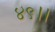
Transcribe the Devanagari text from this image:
४९।।